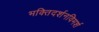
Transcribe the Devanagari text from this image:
भक्तिदर्शनविमर्श